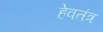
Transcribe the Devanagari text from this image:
हेवतंत्र